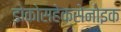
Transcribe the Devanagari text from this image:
डोकोसहेक्सेनोइक